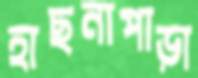
হাছনাপাড়া